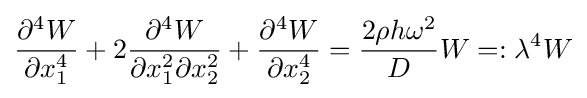
{\frac {\partial ^{4}W}{\partial x_{1}^{4}}}+2{\frac {\partial ^{4}W}{\partial x_{1}^{2}\partial x_{2}^{2}}}+{\frac {\partial ^{4}W}{\partial x_{2}^{4}}}={\frac {2\rho h\omega ^{2}}{D}}W=:\lambda ^{4}W